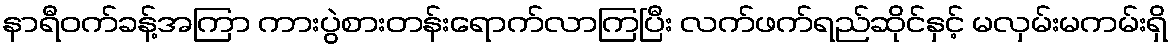
နာရီဝက်ခန့်အကြာ ကားပွဲစားတန်းရောက်လာကြပြီး လက်ဖက်ရည်ဆိုင်နှင့် မလှမ်းမကမ်းရှိ